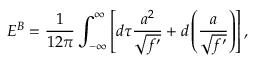
{ \cal E } ^ { B } = \frac 1 { 1 2 \pi } \int _ { - \infty } ^ { \infty } \left[ d \tau \frac { a ^ { 2 } } { \sqrt { f ^ { \prime } } } + d \left( \frac a { \sqrt { f ^ { \prime } } } \right) \right] ,